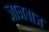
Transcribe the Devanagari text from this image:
जानबाज